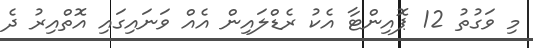
މި ވަގުތު 12 ޕޮއިންޓާ އެކު ރެޑްލައިން އެއް ވަނައިގައި އޮތްއިރު ދެ